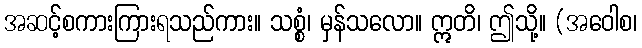
အဆင့်စကားကြားရသည်ကား။ သစ္စံ၊ မှန်သလော။ ဣတိ၊ ဤသို့။ (အဝေါစ၊